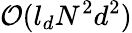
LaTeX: \mathcal{O}(l_{d}N^{2}d^{2})